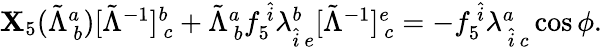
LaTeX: \begin{array}{r}{{\mathbf X}_{5}(\tilde{\Lambda}_{~b}^{a})[\tilde{\Lambda}^{-1}]_{~c}^{b}+\tilde{\Lambda}_{~b}^{a}f_{5}^{~\hat{i}}\lambda_{\hat{i}~e}^{b}[\tilde{\Lambda}^{-1}]_{~c}^{e}=-f_{5}^{~\hat{i}}\lambda_{~\hat{i}~c}^{a}\cos\phi.}\end{array}